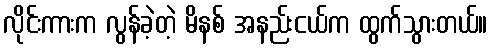
လိုင်းကားက လွန်ခဲ့တဲ့ မိနစ် အနည်းငယ်က ထွက်သွားတယ်။